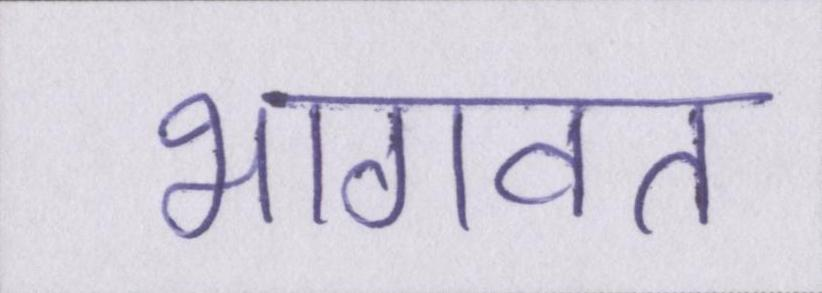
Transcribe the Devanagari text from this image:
भागवत